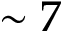
\sim 7